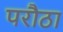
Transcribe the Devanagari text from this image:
परौठा